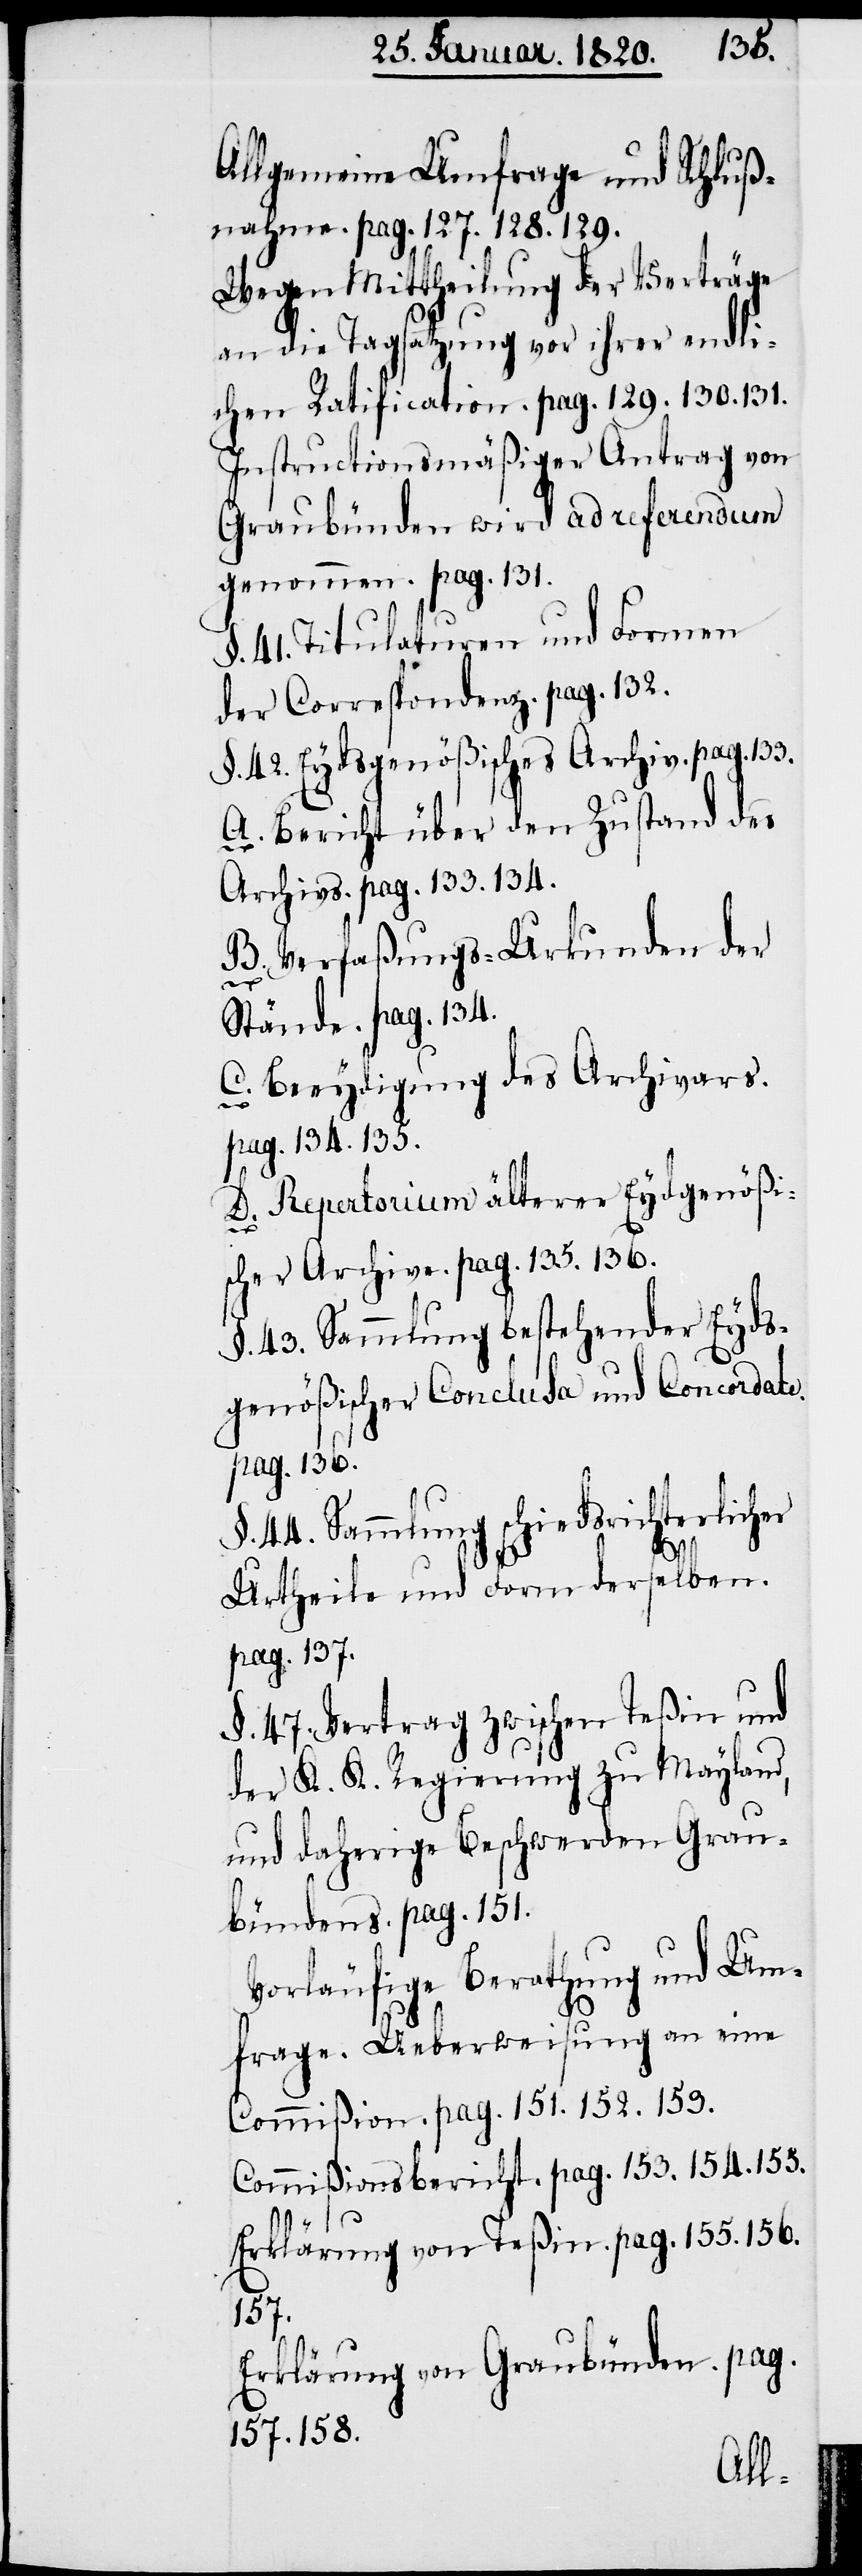
Allgemeine Umfrage und Schluß¬
nahme. pag. 127. 128. 129.
Wegen Mittheilung der Verträge
an die Tagsatzung vor ihrer endli¬
chen Ratification. pag. 129. 130. 131.
Instructionsmäßiger Antrag von
Graubünden wird ad referendum
genommen. pag. 131.
§. 41. Titulaturen und Formen
der Correspondenz. pag. 132.
§. 42. Eydsgenößisches Archiv. pag.
A. Bericht über den Zustand des
Archivs. pag. 133. 134.
B. Verfaßungs-Urkunden der
Stände. pag. 134.
C. Beeydigung des Archivars.
pag. 134. 135.
D. Repertorium älterer Eydsgenößi¬
scher Archive. pag. 135. 136.
§. 43. Sammlung bestehender Eyds¬
genößischer Conclusa und Concordate.
pag. 136.
§. 44. Sammlung schiedsrichterlicher
133.
Urtheile und Form derselben.
pag. 137.
§. 47. Vertrag zwischen Teßin und
der K. K. Regierung zu Mayland,
und daherige Beschwerden Grau¬
bündens. pag. 151.
Vorläufige Berathung und Um¬
frage. Ueberweisung an eine
Commißion. pag. 151. 152. 153.
Commißionsbericht. pag. 153. 154. 155.
Erklärung von Teßin. pag. 155. 156.
157.
Erklärung von Graubünden. pag.
157. 158.